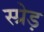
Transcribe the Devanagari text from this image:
स्प्रेड़